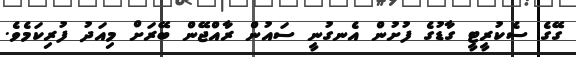
ގޭގެ ސެކުރީޓީ ގާޑުގެ ފުށުން އެނގުނީ ސައުން ރާއްޖޭން ބޭރަށް މިއަދު ފުރިކަމެވެ.